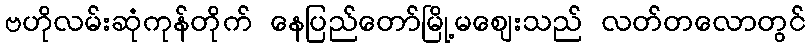
ဗဟိုလမ်းဆုံကုန်တိုက် နေပြည်တော်မြို့မဈေးသည် လတ်တလောတွင်